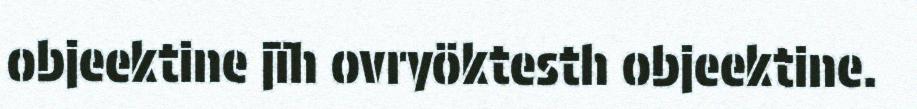
objeektine jïh ovryöktesth objeektine.